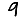
Digit: 9